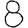
Digit: 8